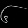
Digit: ၆